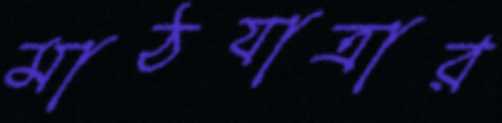
মাঠযাত্রার